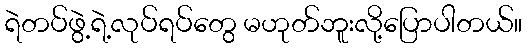
ရဲတပ်ဖွဲ့ရဲ့လုပ်ရပ်တွေ မဟုတ်ဘူးလို့ပြောပါတယ်။